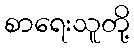
စာရေးသူတို့